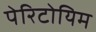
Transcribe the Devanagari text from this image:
पेरिटोयिम